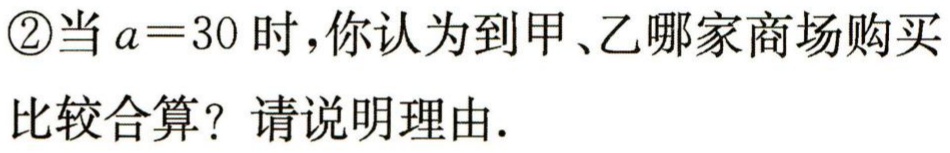
\textcircled{2}当\(a = 30\)时，你认为到甲、乙哪家商场购买

比较合算？请说明理由.